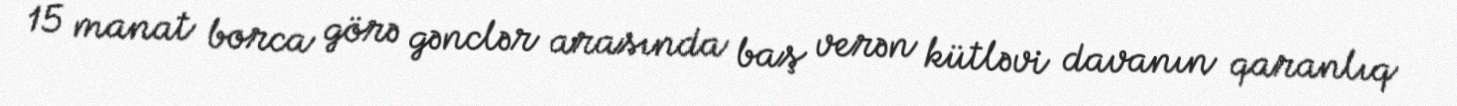
15 manat borca görə gənclər arasında baş verən kütləvi davanın qaranlıq